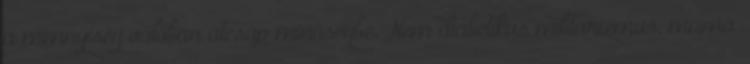
a mennyiség valóban átcsap minőségbe. Nem diabetikus militarizmus, mama,